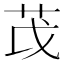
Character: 𫇮